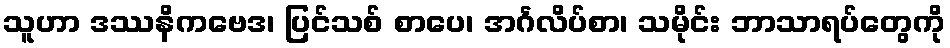
သူဟာ ဒဿနိကဗေဒ၊ ပြင်သစ် စာပေ၊ အင်္ဂလိပ်စာ၊ သမိုင်း ဘာသာရပ်တွေကို